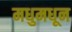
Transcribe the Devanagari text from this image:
मधुमधून